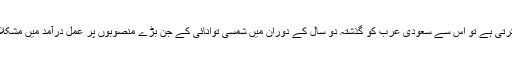
وزارت توانائی ان منصوبوں پر توجہ مرکوز کرتی ہے تو اس سے سعودی عرب کو گذشتہ دو سال کے دوران میں شمسی توانائی کے جن بڑے منصوبوں پر عمل درآمد میں مشکلات کا سامنا ہوا ہے، ان پر قابو پایا جاسکے گا۔